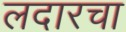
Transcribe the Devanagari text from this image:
लदारचा